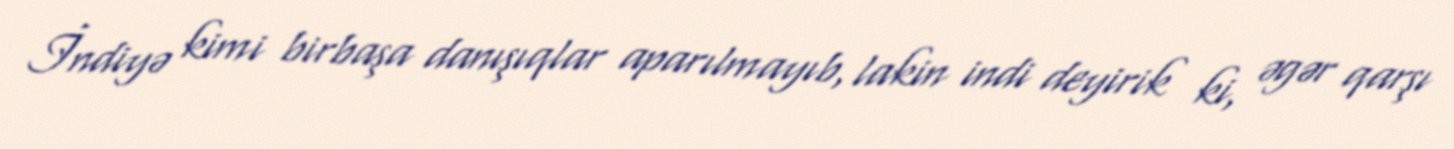
İndiyə kimi birbaşa danışıqlar aparılmayıb, lakin indi deyirik ki, əgər qarşı